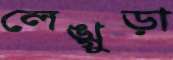
লেঙ্গুড়া